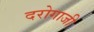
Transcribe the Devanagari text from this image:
दरोगाजी